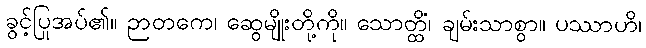
ခွင့်ပြုအပ်၏။ ဉာတကေ၊ ဆွေမျိုးတို့ကို။ သောတ္ထိံ၊ ချမ်းသာစွာ။ ပဿာဟိ၊